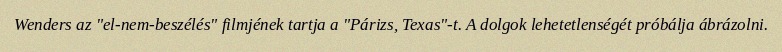
Wenders az "el-nem-beszélés" filmjének tartja a "Párizs, Texas"-t. A dolgok lehetetlenségét próbálja ábrázolni.